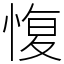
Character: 愎